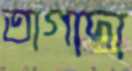
তাগাদা